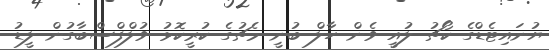
ޔުނައިޓެޑްގެ ކޯޗު ލުއީ ވެން ހާލް ބުނީ މެޗުގެ ކުރީކޮޅު ވުލްފްސްބާގުން ލީޑު